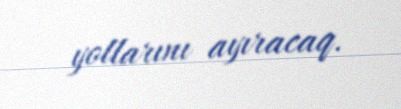
yollarını ayıracaq.